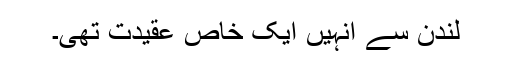
لندن سے انہیں ایک خاص عقیدت تھی۔